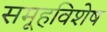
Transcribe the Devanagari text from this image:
समूहविशेष